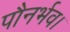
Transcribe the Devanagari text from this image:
पौनर्भव।